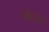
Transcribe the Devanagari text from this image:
स्कैलटन